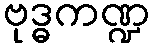
ဗုဒ္ဓကဏ္ဍ